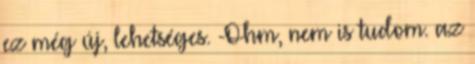
ez még új, lehetséges. -Ohm, nem is tudom. az